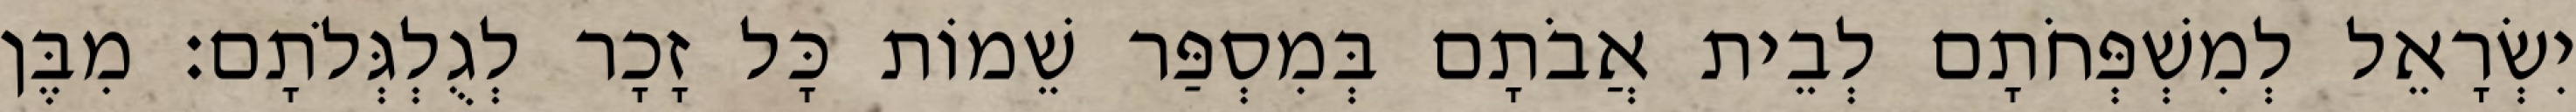
יִשְׂרָאֵל לְמִשְׁפְּחֹתָם לְבֵית אֲבֹתָם בְּמִסְפַּר שֵׁמוֹת כָּל זָכָר לְגֻלְגְּלֹתָם׃ מִבֶּן